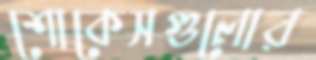
শোকেসগুলোর